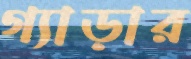
গ্যাড়ার